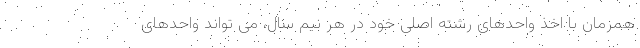
همزمان با اخذ واحدهای رشته اصلی خود در هر نیم سال، می تواند واحدهای